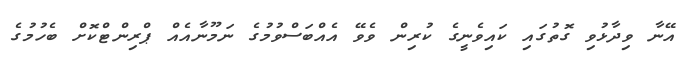
އޭނާ ވިދާޅުވި ގޮތުގައި ކައިވެނީގެ ކުރިން ވެވޭ އެއްބަސްވުމުގެ ނަމޫނާއެއް ޕްރިންޓްކޮށް ބެހުމުގެ